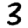
Digit: 3